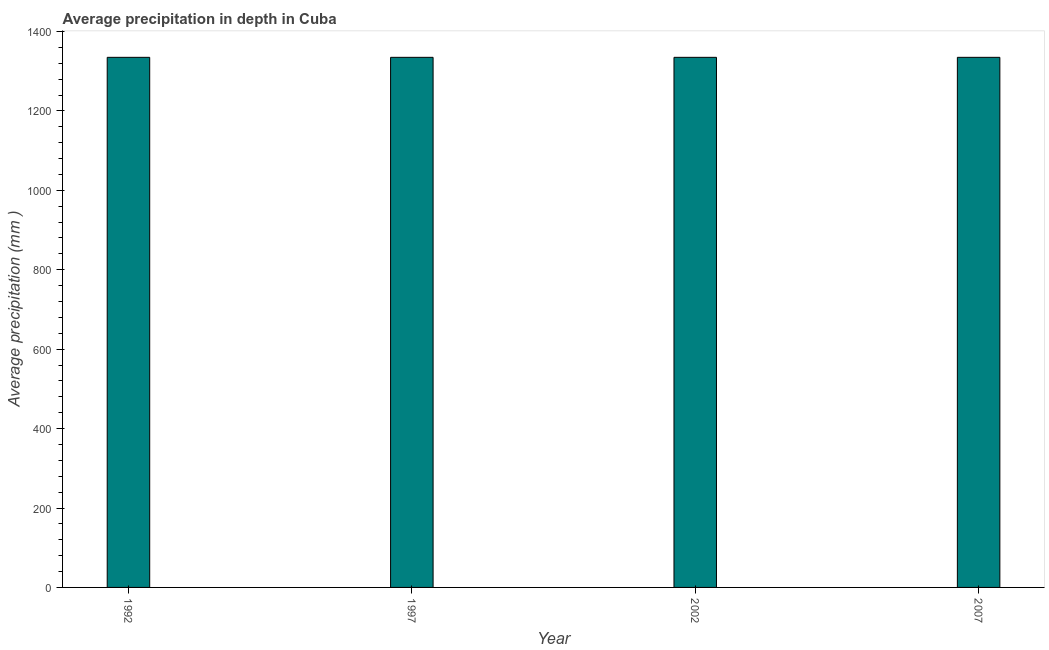
| Year | Average precipitation in depth |
 | --- | --- |
 | 1992 | 1.34e+03 |
 | 1997 | 1.34e+03 |
 | 2002 | 1.34e+03 |
 | 2007 | 1.34e+03 |